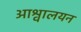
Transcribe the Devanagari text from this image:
आश्वालयन